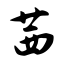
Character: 茜